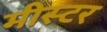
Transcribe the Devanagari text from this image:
मीस्टर